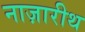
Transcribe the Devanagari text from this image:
नाज़ारीथ